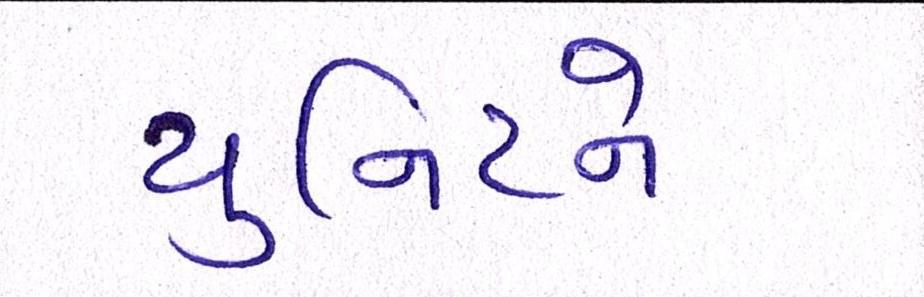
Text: યુનિટને